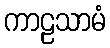
ကာဠသာမံ